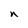
Character: n